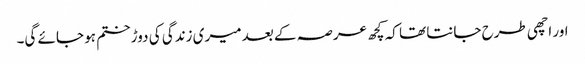
اور اچھی طرح جانتا تھا کہ کچھ عرصہ کے بعد میری زندگی کی دوڑ ختم ہو جائے گی۔